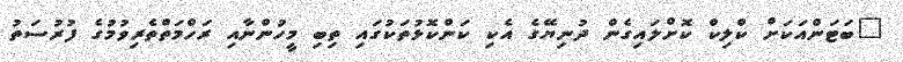
"ބަޓަންއަކަށް ކްލިކް ކޮށްލައިގެން ދުނިިޔޭގެ އެކި ކަންކޮޅުތަކުގައި ތިބި މީހުންނާއި ރަހްމަތްތެރިވުމުގެ ފުރުސަތު